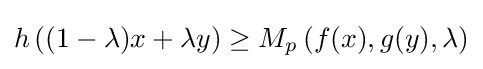
h\left((1-\lambda )x+\lambda y\right)\geq M_{p}\left(f(x),g(y),\lambda \right)